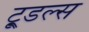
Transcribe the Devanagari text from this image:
टू्डल्स